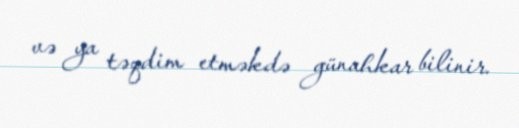
və ya təqdim etməkdə günahkar bilinir.